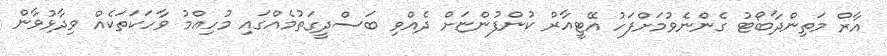
އާރް މަތިންދާބޯޓު ގެންނެވުމަށްފަހު އޭޓީއާރް ކުންފުންޏަށް ދެއްވި ބަސްދީގަތުމެއްގައި މުހިއްމު ވާހަކަތަކެއް ވިދާޅުވާން